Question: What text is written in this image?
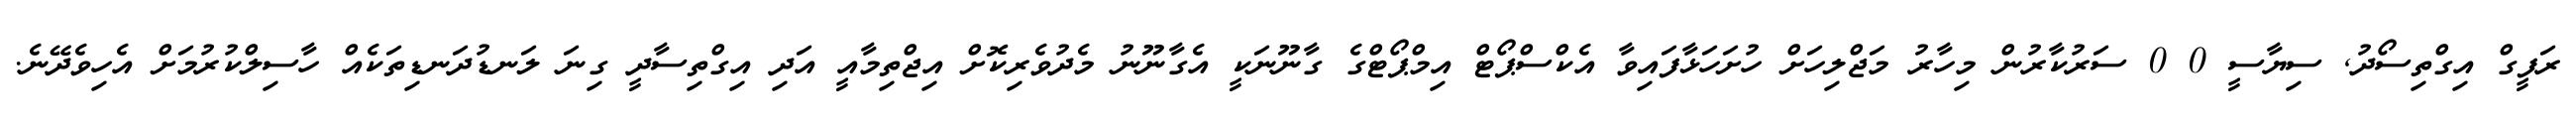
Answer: ރަފީގް އިގްތިސޯދު, ސިޔާސީ 0 0 ސަރުކާރުން މިހާރު މަޖްލިހަށް ހުށަހަޅާފައިވާ އެކްސްޕޯޓް އިމްޕޯޓްގެ ގާނޫނަކީ އެގާނޫނު މެދުވެރިކޮށް އިޖްތިމާއީ އަދި އިގްތިސާދީ ގިނަ ލަނޑުދަނޑިތަކެއް ހާސިލްކުރުމަށް އެހިވެދޭނެ.